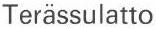
Terässulatto